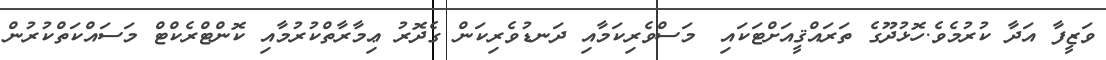
ވަޒީފާ އަދާ ކުރުމެވެ.ހޮޅުދޫގެ ތަރައްޤީއަށްޓަކައި? މަސްވެރިކަމާއި ދަނޑުވެރިކަން ގެދޮރު ޢިމާރާތްކުރުމާއި ކޮންޓްރެކްޓް މަސައްކަތްކުރުން